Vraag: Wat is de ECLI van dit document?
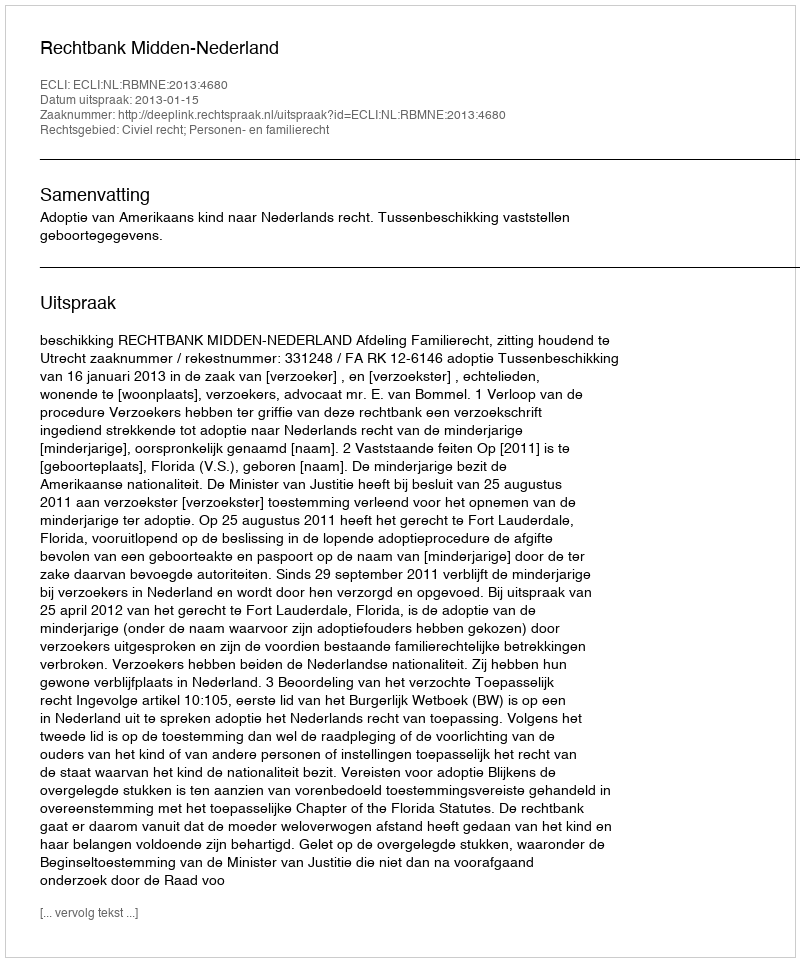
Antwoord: ECLI:NL:RBMNE:2013:4680